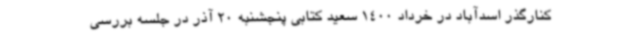
کنارگذر اسدآباد در خرداد 1400 سعید کتابی پنجشنبه 20 آذر در جلسه بررسی